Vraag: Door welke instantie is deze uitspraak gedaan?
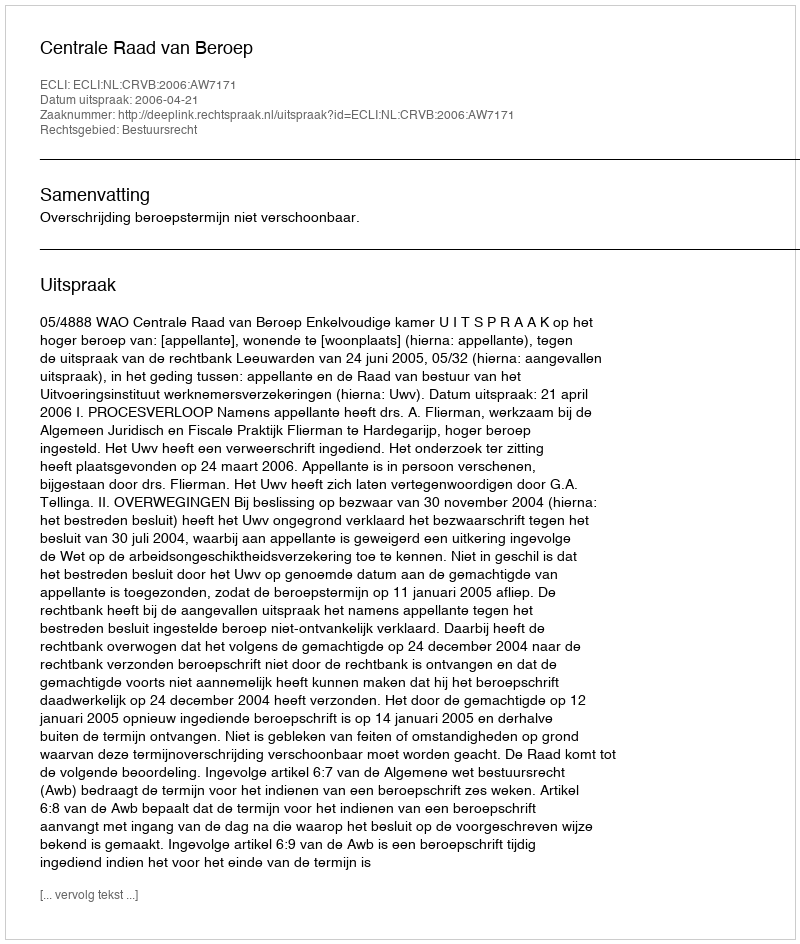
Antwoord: Centrale Raad van Beroep